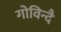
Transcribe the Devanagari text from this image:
गोविन्दै